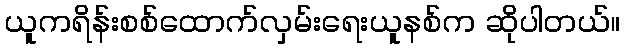
ယူကရိန်းစစ်ထောက်လှမ်းရေးယူနစ်က ဆိုပါတယ်။